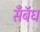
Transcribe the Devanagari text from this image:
सॅँबॅध